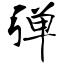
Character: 弹